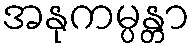
အနုကမ္ပန္တာ